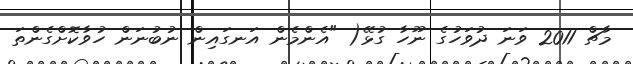
މާޗް 2011 ވަނަ ދުވަހުގެ ނޫހާ ގުޅޭ( "އެންމެން އަނގައިން ނުބުނަން ހުވާކޮށްގެންތަ